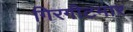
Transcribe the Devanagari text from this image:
गिरगीटमार